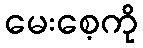
မေးစေ့ကို